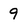
Character: 9